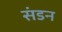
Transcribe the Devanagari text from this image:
संडन